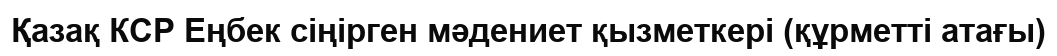
Қазақ КСР Еңбек сіңірген мәдениет қызметкері (құрметті атағы)